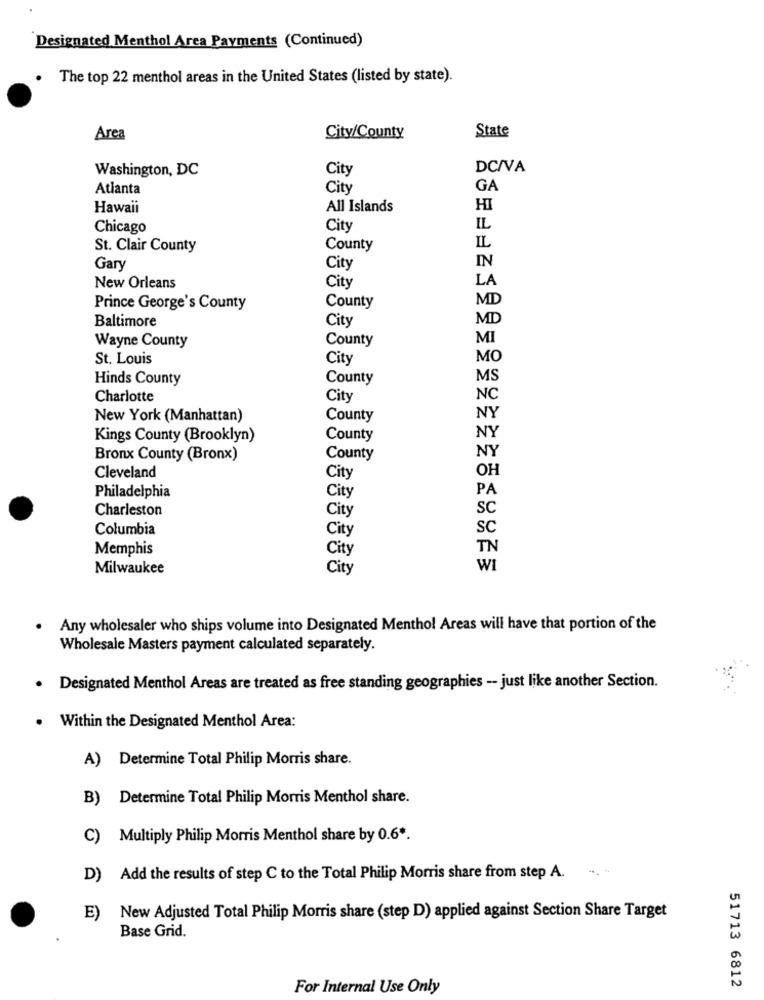
Designated Menthol Area Payments (Continued)
.
The top 22 menthol areas in the United States (listed by state).
State
Area
City/County
Washington, DC
City
DC/VA
Atlanta
City
GA
Hawaii
All Islands
HI
Chicago
City
IL
St. Clair County
County
IL
IN
Gary
City
LA
New Orleans
City
MD
Prince George's County
County
Baltimore
City
MD
Wayne County
County
MI
St. Louis
City
MO
Hinds County
County
MS
Charlotte
City
NO
New York (Manhattan)
County
NY
Kings County (Brooklyn)
County
NY
NY
Bronx County (Bronx)
County
OH
Cleveland
City
PA
Philadelphia
City
Charleston
City
SC
Columbia
City
sc
Memphis
City
TN
Milwaukee
City
WI
. Any wholesaler who ships volume into Designated Menthol Areas will have that portion of the
Wholesale Masters payment calculated separately.
. Designated Menthol Areas are treated as free standing geographies -- just like another Section.
. Within the Designated Menthol Area:
A) Determine Total Philip Morris share.
B) Determine Total Philip Morris Menthol share.
C) Multiply Philip Morris Menthol share by 0.6 *.
-
D) Add the results of step C to the Total Philip Morris share from step A.
E)
New Adjusted Total Philip Morris share (step D) applied against Section Share Target
Base Grid.
For Internal Use Only
51713 6812